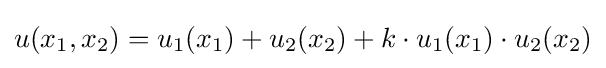
u(x_{1},x_{2})=u_{1}(x_{1})+u_{2}(x_{2})+k\cdot u_{1}(x_{1})\cdot u_{2}(x_{2})